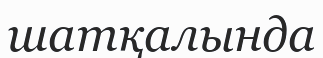
шатқалында